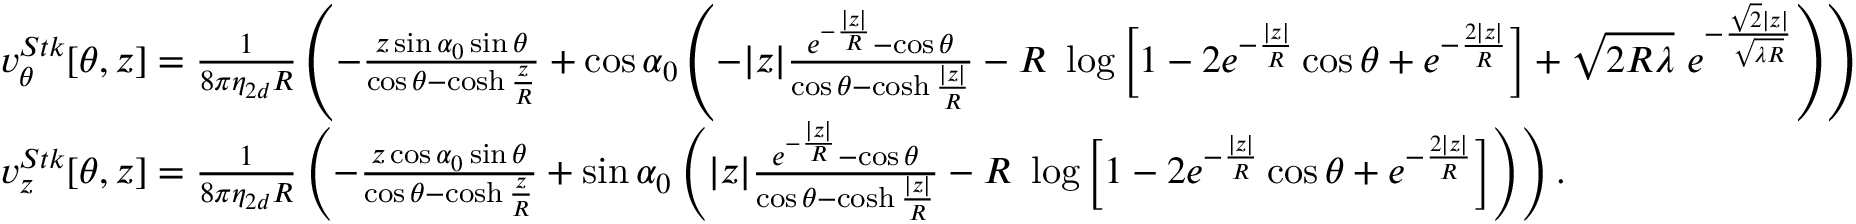
\begin{array} { r l } & { v _ { \theta } ^ { S t k } [ \theta , z ] = \frac { 1 } { 8 \pi \eta _ { 2 d } R } \left( - \frac { z \sin \alpha _ { 0 } \sin \theta } { \cos \theta - \cosh \frac { z } { R } } + \cos \alpha _ { 0 } \left( - | z | \frac { e ^ { - \frac { | z | } { R } } - \cos \theta } { \cos \theta - \cosh \frac { | z | } { R } } - R ~ \log \left[ 1 - 2 e ^ { - \frac { | z | } { R } } \cos \theta + e ^ { - \frac { 2 | z | } { R } } \right] + \sqrt { 2 R \lambda } ~ e ^ { - \frac { \sqrt { 2 } | z | } { \sqrt { \lambda R } } } \right) \right) } \\ & { v _ { z } ^ { S t k } [ \theta , z ] = \frac { 1 } { 8 \pi \eta _ { 2 d } R } \left( - \frac { z \cos \alpha _ { 0 } \sin \theta } { \cos \theta - \cosh \frac { z } { R } } + \sin \alpha _ { 0 } \left( | z | \frac { e ^ { - \frac { | z | } { R } } - \cos \theta } { \cos \theta - \cosh \frac { | z | } { R } } - R ~ \log \left[ 1 - 2 e ^ { - \frac { | z | } { R } } \cos \theta + e ^ { - \frac { 2 | z | } { R } } \right] \right) \right) . } \end{array}